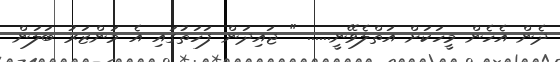
ދެން އެހެން މީހަކަށް އަތްލެވޭނީ...... " ޖައިދަން ފަހަތުގައި އެ މަންޒަރު ބަލަން